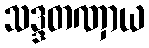
သဒ္ဒတဏှာယ